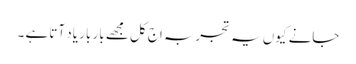
جانے کیوں یہ تجربہ اج کل مجھے بار بار یاد آتا ہے ۔